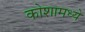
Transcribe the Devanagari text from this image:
कोशामध्ये